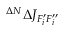
^ { \Delta N } \Delta J _ { F _ { i } ^ { \prime } F _ { i } ^ { \prime \prime } }